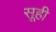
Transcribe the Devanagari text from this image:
सूही